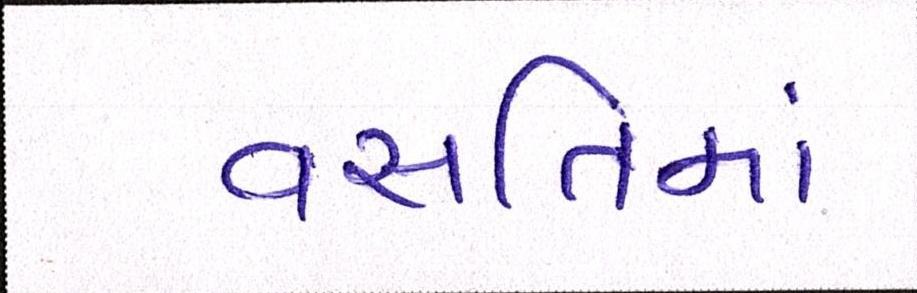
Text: વસતિમાં